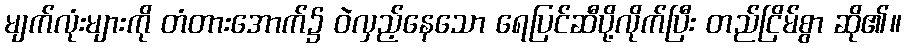
မျက်လုံးများကို တံတားအောက်၌ ဝဲလှည့်နေသော ရေပြင်ဆီပို့လိုက်ပြီး တည်ငြိမ်စွာ ဆို၏။